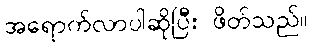
အရောက်လာပါဆိုပြီး ဖိတ်သည်။